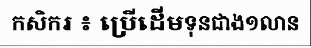
កសិករ ៖ ប្រើដើមទុនជាង១លាន